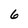
Character: 6